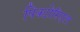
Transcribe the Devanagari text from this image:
पिक्टोरिएल